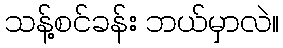
သန့်စင်ခန်း ဘယ်မှာလဲ။